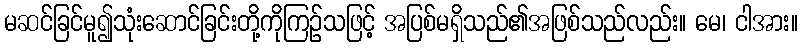
မဆင်ခြင်မူ၍သုံးဆောင်ခြင်းတို့ကိုကြဉ်သဖြင့် အပြစ်မရှိသည်၏အဖြစ်သည်လည်း။ မေ၊ ငါအား။